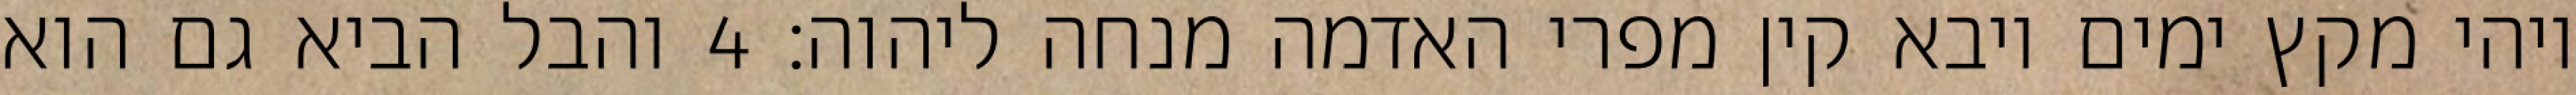
ויהי מקץ ימים ויבא קין מפרי האדמה מנחה ליהוה׃ ‎4‏ והבל הביא גם הוא